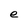
Character: e